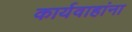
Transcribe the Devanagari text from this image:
कार्यवाहांना